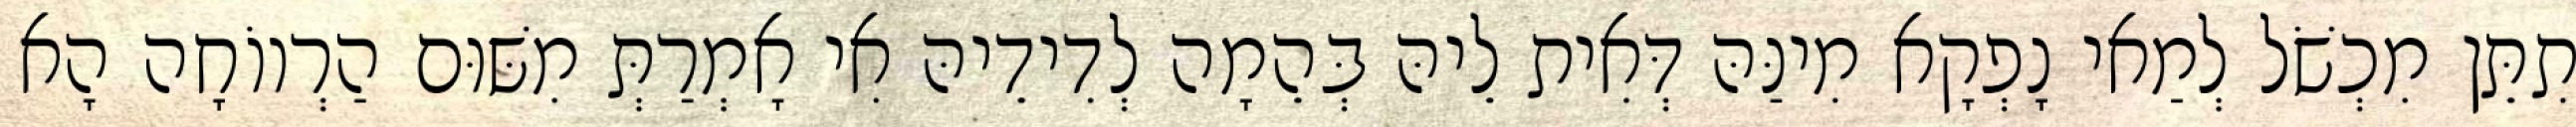
תִתֵּן מִכְשֹׁל לְמַאי נָפְקָא מִינַּהּ דְּאִית לֵיהּ בְּהֵמָה לְדִידֵיהּ אִי אָמְרַתְּ מִשּׁוּם הַרְווֹחָה הָא